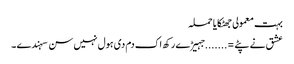
بہت معمولی جھٹکایا حملہ
عشق نے پٹے =.......جہیڑے رکھ اک دم دی ہول نہیں سن سہندے ۔